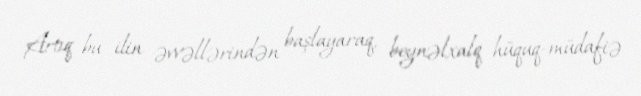
Artıq bu ilin əvvəllərindən başlayaraq, beynəlxalq hüquq-müdafiə